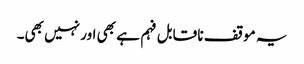
یہ موقف نا قابل فہم ہے بھی اور نہیں بھی۔